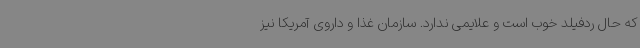
که حال ردفیلد خوب است و علایمی ندارد. سازمان غذا و داروی آمریکا نیز